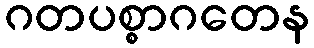
ဂတပစ္စာဂတေန